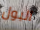
البول